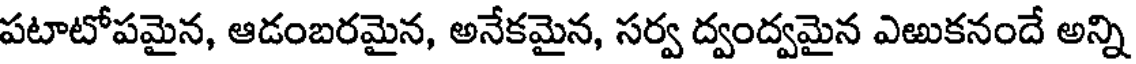
పటాటోపమైన, ఆడంబరమైన, అనేకమైన, సర్వ ద్వంద్వమైన ఎఱుకనందే అన్ని